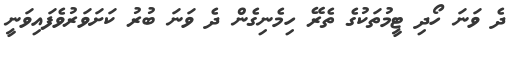
ދެ ވަނަ ހޯދި ޓީމުތަކުގެ ތެރޭ ހިމެނިގެން ދެ ވަނަ ބުރު ކަށަވަރުވެފައިވަނީ